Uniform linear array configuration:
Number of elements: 8
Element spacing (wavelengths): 0.75
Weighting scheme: hamming
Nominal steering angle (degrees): -60
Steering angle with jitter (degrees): -60.461
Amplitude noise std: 0.05
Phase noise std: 0.05

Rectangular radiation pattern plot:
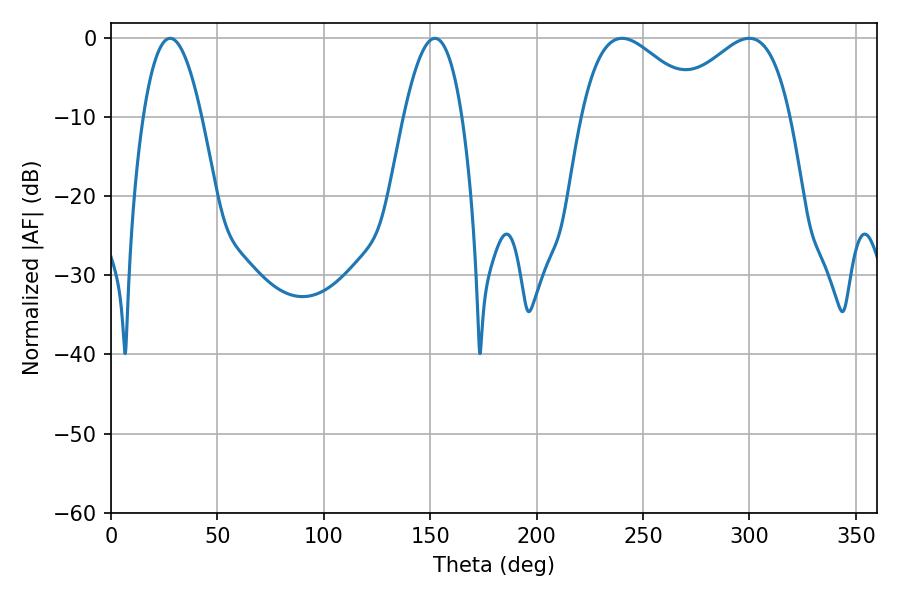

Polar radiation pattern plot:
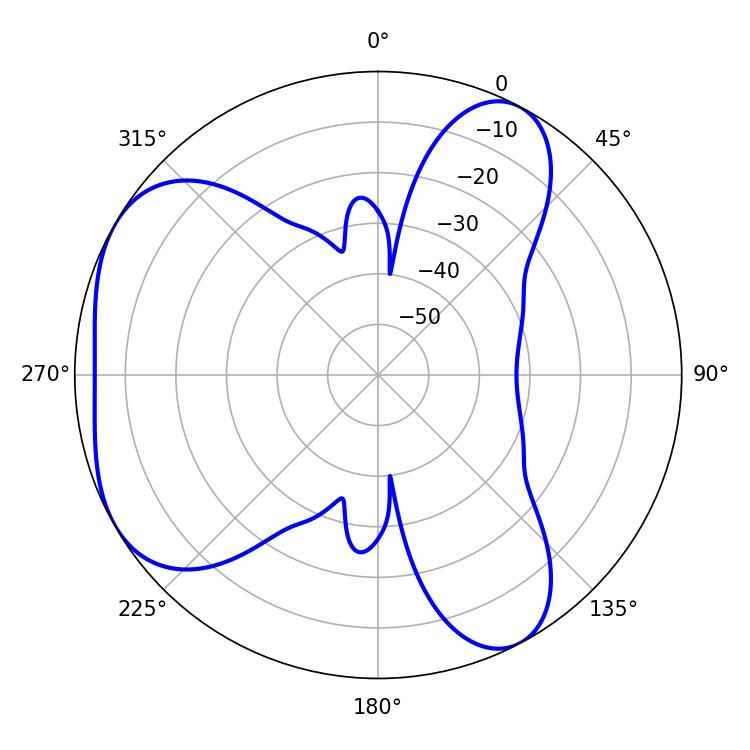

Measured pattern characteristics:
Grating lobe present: TRUE
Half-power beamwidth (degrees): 30.78
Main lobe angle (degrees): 240.12